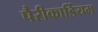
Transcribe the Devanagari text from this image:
पैरीकार्डियम